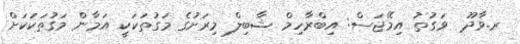
ރ.ވާދޫ  ވަގުތު އިމޭޖަސް: އިބްރާހިމް ޝާބިލް މިރަށުގެ މަގުތަކަކީ އަމާން މަގުތަކަކަށް